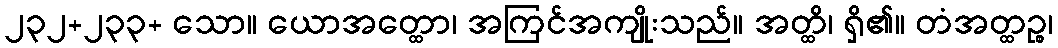
၂၃၂+၂၃၃+ သော။ ယောအတ္ထော၊ အကြင်အကျိုးသည်။ အတ္ထိ၊ ရှိ၏။ တံအတ္ထဉ္စ၊